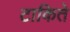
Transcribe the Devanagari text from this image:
टाकिते